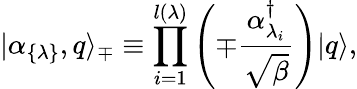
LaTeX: |\alpha_{\{ \lambda\} },q\rangle_{\mp}\equiv\prod_{i=1}^{l(\lambda)}\left(\mp{\frac{\alpha_{\lambda_{i}}^{\dagger}}{\sqrt{\beta}}}\right)|q\rangle,